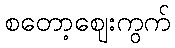
စတော့ဈေးကွက်